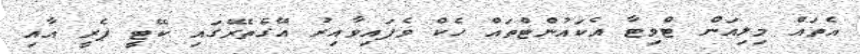
އެތައް މިލިއަން ޓްވިޓާ އެކައުންޓްތައް ހެކް ވެފައިވާއިރު އޭގެތެރޭގައި ކޭޓީ ޕެރީ އާއި